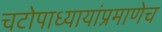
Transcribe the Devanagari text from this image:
चटोपाध्यायांप्रमाणेच